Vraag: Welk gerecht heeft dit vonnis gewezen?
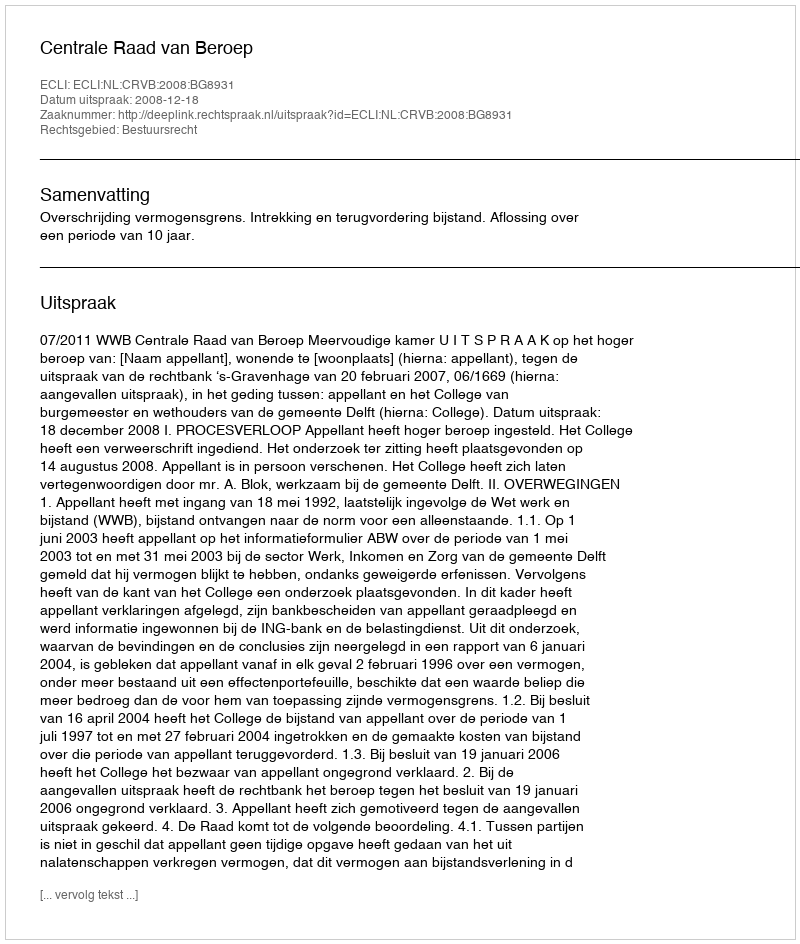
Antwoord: Centrale Raad van Beroep